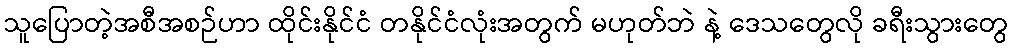
သူပြောတဲ့အစီအစဉ်ဟာ ထိုင်းနိုင်ငံ တနိုင်ငံလုံးအတွက် မဟုတ်ဘဲ နဲ့ ဒေသတွေလို ခရီးသွားတွေ